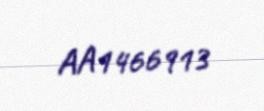
AA1466913